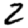
Digit: 2